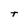
Character: t